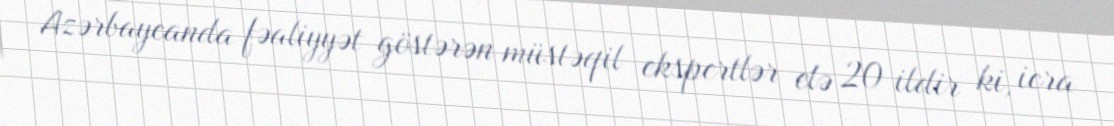
Azərbaycanda fəaliyyət göstərən müstəqil ekspertlər elə 20 ildir ki, icra